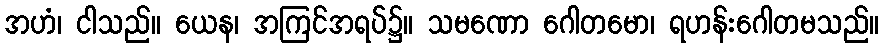
အဟံ၊ ငါသည်။ ယေန၊ အကြင်အရပ်၌။ သမဏော ဂေါတမော၊ ရဟန်းဂေါတမသည်။